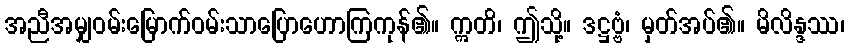
အညီအမျှဝမ်းမြောက်ဝမ်းသာပြောဟောကြကုန်၏။ ဣတိ၊ ဤသို့။ ဒဋ္ဌဗ္ဗံ၊ မှတ်အပ်၏။ မိလိန္ဒဿ၊